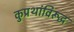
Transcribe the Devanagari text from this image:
कुप्रथांविरूद्ध